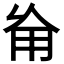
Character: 𠃰